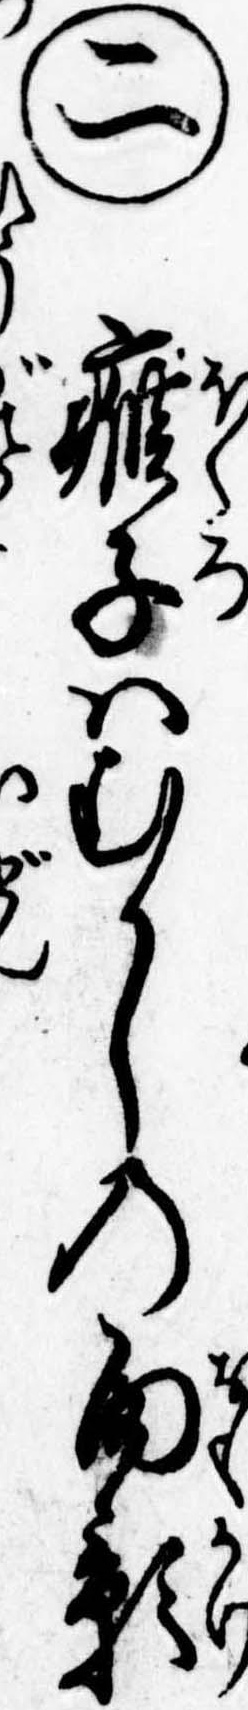
㊁𤸰子はむかしの面影